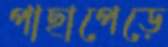
পাছাপেড়ে